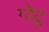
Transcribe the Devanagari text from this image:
गोटू